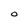
Character: O